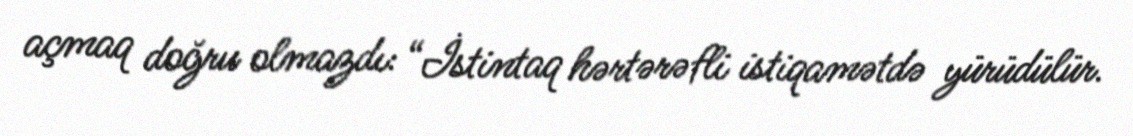
açmaq doğru olmazdı: “İstintaq hərtərəfli istiqamətdə yürüdülür.